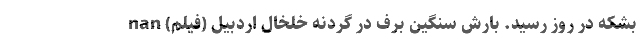
بشکه در روز رسید. بارش سنگین برف در گردنه خلخال اردبیل (فیلم) nan